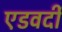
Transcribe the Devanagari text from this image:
एडवर्दी